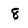
Character: 8